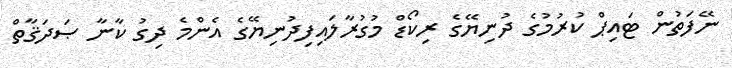
ނޭފަތުން ޓައިޕް ކުރުމުގެ ދުނިޔޭގެ ރިކޯޑް މުގުރާލައިފިދުނިޔޭގެ އެންމެ ދިގު ކާނާ ޞަދަޤާތް